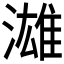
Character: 𱨦